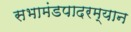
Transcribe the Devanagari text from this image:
सभामंडपादरम्यान